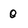
Character: 0